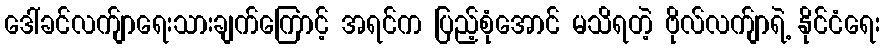
ဒေါ်ခင်လက်ျာရေးသားချက်ကြောင့် အရင်က ပြည့်စုံအောင် မသိရတဲ့ ဗိုလ်လက်ျာရဲ့ နိုင်ငံရေး